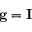
\mathbf g = \mathbf I